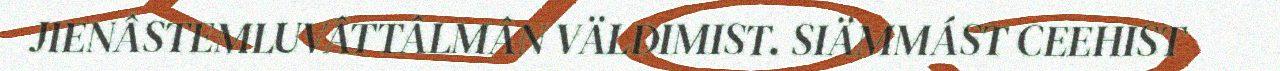
JIENÂSTEMLUVÂTTÂLMÂN VÄLDIMIST. SIÄMMÁST CEEHIST